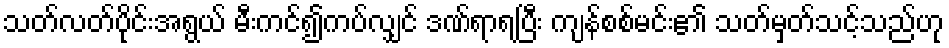
သတ်လတ်ပိုင်းအရွယ် မီးကင်၍ကပ်လျှင် ဒဏ်ရာရပြီး ကျန်စစ်မင်း၏ သတ်မှတ်သင့်သည်ဟု